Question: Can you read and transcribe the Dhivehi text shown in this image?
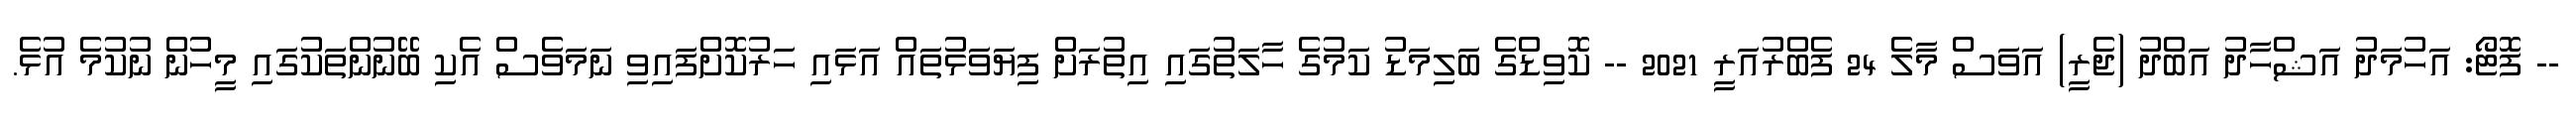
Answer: -- ފޮޓޯ: އަހުމަދު އަޝްހާދު އަބްދު (ޖެރީ) އަވަސް މާލެ 24 ފެބްރުއަރީ 2021 -- ކޮވިޑްގެ ބަލިމަޑު ކަމުގެ ހާލަތުގައި އިތުރަށް ފިޔަވަޅުތައް އަޅައި ހަރުކޮށްފައިވި ނަމަވެސް އެކި ބޭނުންތަކުގައި މީހުން ނުކުމެ އުޅެ.